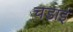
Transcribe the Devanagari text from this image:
चडाई